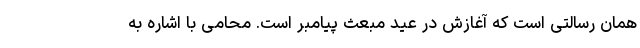
همان رسالتی است که آغازش در عید مبعث پیامبر است. محامی با اشاره به